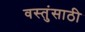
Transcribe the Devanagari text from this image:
वस्तुंसाठी